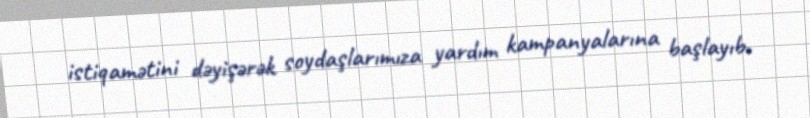
istiqamətini dəyişərək soydaşlarımıza yardım kampanyalarına başlayıb.